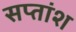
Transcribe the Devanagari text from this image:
सप्तांश